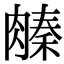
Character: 𬛌